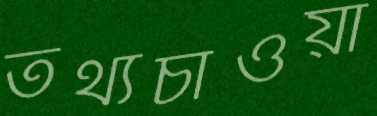
তথ্যচাওয়া